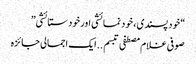
“خود پسندی ، خود نمائشی اور خود ستائشی”
صوفی غلام مصطفی تبسم ..ایک اجمالی جائزہ